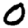
Digit: 0